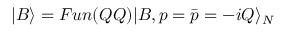
| B \rangle = F u n ( Q Q ) | B , p = \bar { p } = - i Q \rangle _ { N }